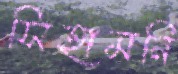
সিহামনি